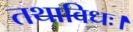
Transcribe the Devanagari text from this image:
तथाविधः।